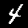
Label: 4